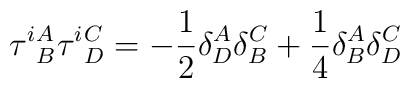
\tau^i{}^A_B \tau^i{}^C_D = -{1 \over 2} \delta^A_D \delta^C_B +{1\over 4}\delta_B^A \delta_D^C